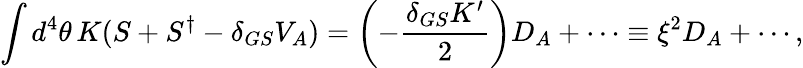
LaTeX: \int d^{4}\theta\, K(S+S^{\dagger}-\delta_{GS}V_{A})=\left(-\frac{\delta_{GS}K^{\prime}}{2}\right)D_{A}+\cdots\equiv\xi^{2}D_{A}+\cdots,